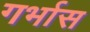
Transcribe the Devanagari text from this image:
गर्भास